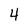
Character: 4